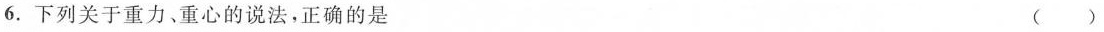
6.下列关于重力、重心的说法，正确的是 ( )